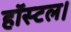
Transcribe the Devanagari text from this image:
हॉस्टल।